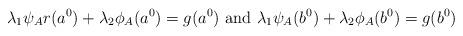
LaTeX: \begin{align*}\lambda_1 \psi_A{r}(a^0)+ \lambda_2 \phi_A(a^0)= g(a^0) \mbox{ and } \lambda_1 \psi_A(b^0) + \lambda_2 \phi_A(b^0)=g(b^0)\end{align*}